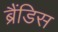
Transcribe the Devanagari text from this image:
ब्रैंडिस